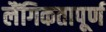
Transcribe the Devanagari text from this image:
लैंगिकतापूर्ण